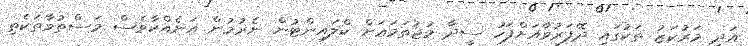
އަދި މަރުކަޒު ތަކުގައި ދޭފަރުވާއަށްފަހު ސީދާ މުޖުތަމަޢަށް ކްލައިންޓުން ނެރުމުން އަނެއްކާވެސް މަސްތުވާތަކެތި